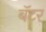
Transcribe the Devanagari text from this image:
बॅटर